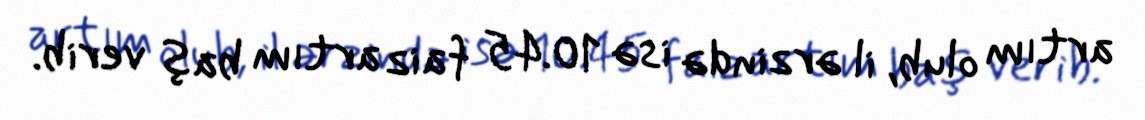
artım olub, il ərzində isə 10.45 faiz artım baş verib.